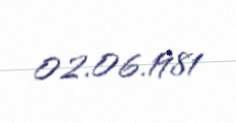
02.06.1981